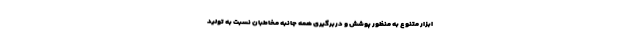
ابزار متنوع به منظور پوشش و دربرگیری همه جانبه مخاطبان نسبت به تولید